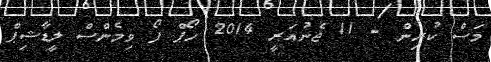
މަސް ކުރިން - 11 ޖެނުއަރީ 2014 ހޯޕް ފޯ ވިމެންސް ލީޑާޝިޕް